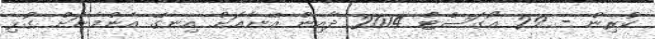
ކުރިން - 29 އޯގަސްޓް 2014 ދާއިން އޭނާއަށް އިނގޭ އެންމެނަށް ގުޅި